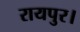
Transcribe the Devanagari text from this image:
रायपुर।